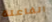
الفاعلة